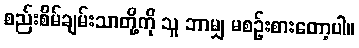
စည်းစိမ်ချမ်းသာတို့ကို သူ ဘာမျှ မစဉ်းစားတော့ပါ။